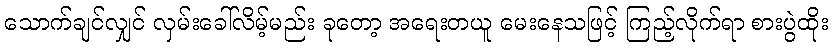
သောက်ချင်လျှင် လှမ်းခေါ်လိမ့်မည်း ခုတော့ အရေးတယူ မေးနေသဖြင့် ကြည့်လိုက်ရာ စားပွဲထိုး